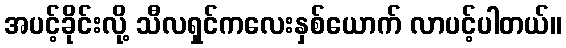
အပင့်ခိုင်းလို့ သီလရှင်ကလေးနှစ်ယောက် လာပင့်ပါတယ်။